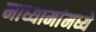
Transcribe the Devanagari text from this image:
माध्यामांमध्ये